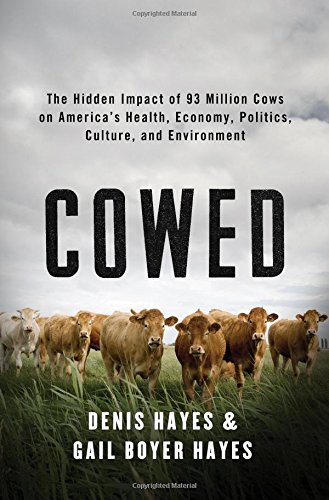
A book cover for Cowed: The Hidden Impact of 93 Million Cows on AmericaEEs Health, Economy, Politics, Culture, and Environment; Denis Hayes; Cookbooks, Food & Wine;